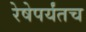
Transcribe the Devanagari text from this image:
रेषेपर्यंतच